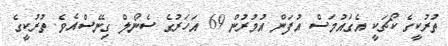
ތުރުކީގެ ކޯޗަކީ އެގައުމަސް އުފަން އުމުރުން 69 އަހަރުގެ ސެނޯލް ގިނޭސްއެވެ. ތުރުކީގެ